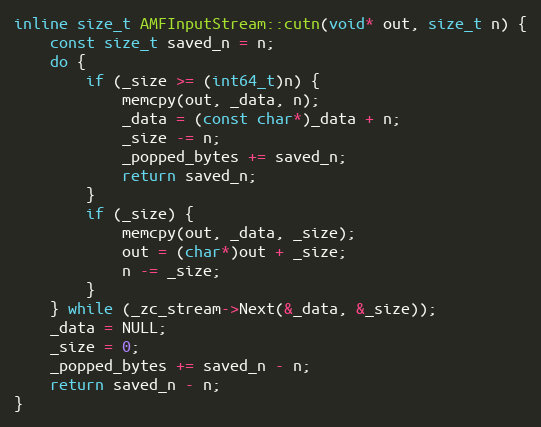
Language: C
inline size_t AMFInputStream::cutn(void* out, size_t n) {
    const size_t saved_n = n;
    do {
        if (_size >= (int64_t)n) {
            memcpy(out, _data, n);
            _data = (const char*)_data + n;
            _size -= n;
            _popped_bytes += saved_n;
            return saved_n;
        }
        if (_size) {
            memcpy(out, _data, _size);
            out = (char*)out + _size;
            n -= _size;
        }
    } while (_zc_stream->Next(&_data, &_size));
    _data = NULL;
    _size = 0;
    _popped_bytes += saved_n - n;
    return saved_n - n;
}